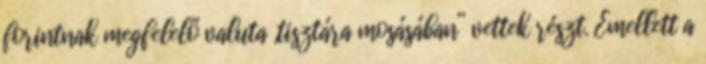
forintnak megfelelő valuta „tisztára mosásában” vettek részt. Emellett a